Civil Veterinary Department Bihar reports 1940-50 - 1940-1950
Year: 1940
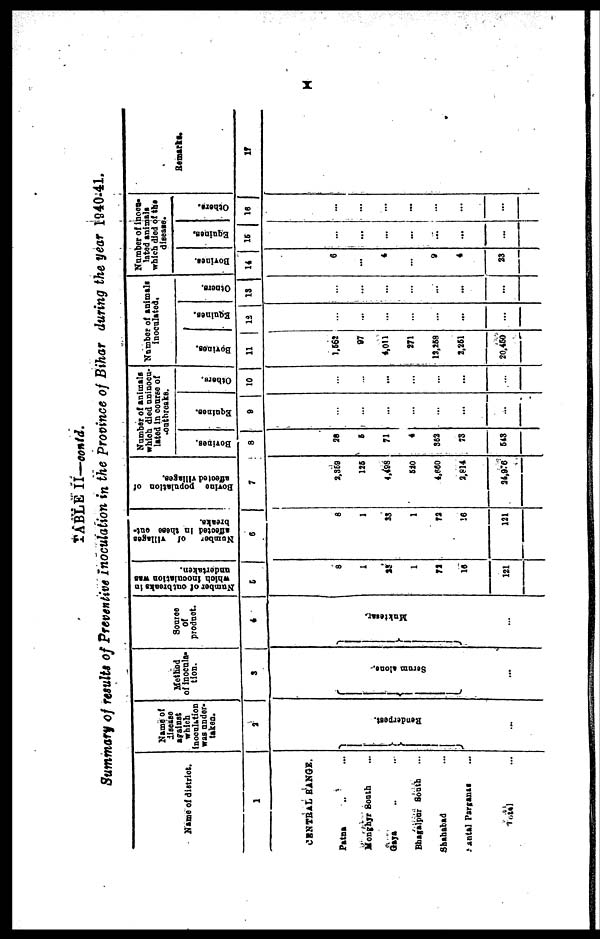
X
TABLE II—contd.
Summary of results of Preventive inoculation in the Province of Bihar during the year 1940-41.
Name of district.
1
CENTRAL RANGE.
Patna .. …
Monghyr South …
Gaya … …
Bhagalpur South …
Shahabad …
Santal Parganas …
Total …
Name of
disease
against
which
inoculation
was under-
taken.
2
Renderpest.
...
Method
of inocula-
tion.
3
Serum alone.
...
Source
of
product.
4
Muktesar.
…
Number of oat breaks in
which inoculation was
undertaken.
5
8
1
23
1
72
16
121
Number
of
villages
affected in these out-
breaks.
6
8
1
23
1
72
16
121
Bovine population of
affected villages.
7
2,359
125
4,498
520
4,660
2,814
24,976
Number of animals
which died uninocu-
lated in course of
outbreaks.
Bovines.
8
28
6
71
4
362
73
643
Equines.
9
…
…
…
…
…
...
…
Others.
10
…
…
...
…
…
...
…
Number of animals
inoculated,
Bovines.
11
1,562
97
4,011
271
12,268
2,261
20,460
Equines.
12
...
...
...
…
…
...
...
Others.
13
…
...
…
…
...
...
...
Number of inocu-
lated animals
which died of the
disease.
Bovines.
14
6
...
4
…
9
4
23
Equines.
15
…
…
…
...
...
...
...
Others.
16
…
…
...
...
…
…
…
Remarks.
17